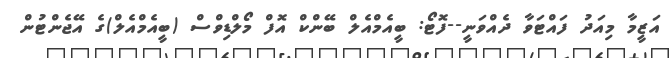
އަޒީމާ މިއަދު ފައްޓަވާ ދެއްވަނީ--ފޮޓޯ: ބީއެމްއެލް ބޭންކް އޮފް މޯލްޑިވްސް (ބީއެމްއެލް)ގެ އޭޖެންޓުން